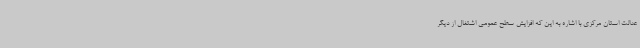
عدالت استان مرکزی با اشاره به این که افزایش سطح عمومی اشتغال از دیگر